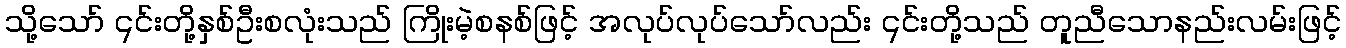
သို့သော် ၎င်းတို့နှစ်ဦးစလုံးသည် ကြိုးမဲ့စနစ်ဖြင့် အလုပ်လုပ်သော်လည်း ၎င်းတို့သည် တူညီသောနည်းလမ်းဖြင့်